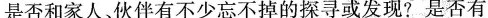
是否和家人。伙伴有不少忘不掉的探寻或发现?是否有